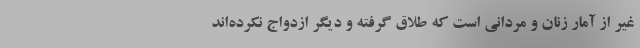
غیر از آمار زنان و مردانی است که طلاق گرفته و دیگر ازدواج نکرده‌اند